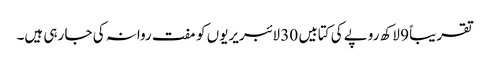
تقریباً 9 لاکھ روپے کی کتابیں 30 لائبریریوں کو مفت روانہ کی جا رہی ہیں۔